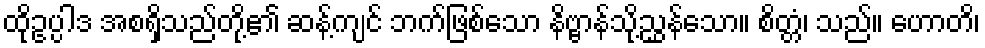
ထိုဥပ္ပါဒ အစရှိသည်တို့၏ ဆန့်ကျင် ဘက်ဖြစ်သော နိဗ္ဗာန်သို့ညွှန်သော။ စိတ္တံ၊ သည်။ ဟောတိ၊